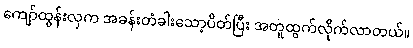
ကျော်ထွန်းလှက အခန်းတံခါးသော့ပိတ်ပြီး အတူထွက်လိုက်လာတယ်။